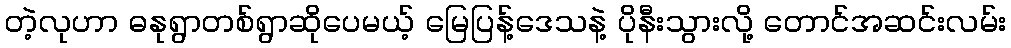
တဲ့လုဟာ ဓနုရွာတစ်ရွာဆိုပေမယ့် မြေပြန့်ဒေသနဲ့ ပိုနီးသွားလို့ တောင်အဆင်းလမ်း